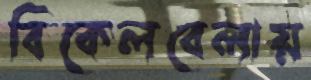
বিকেলবেলায়